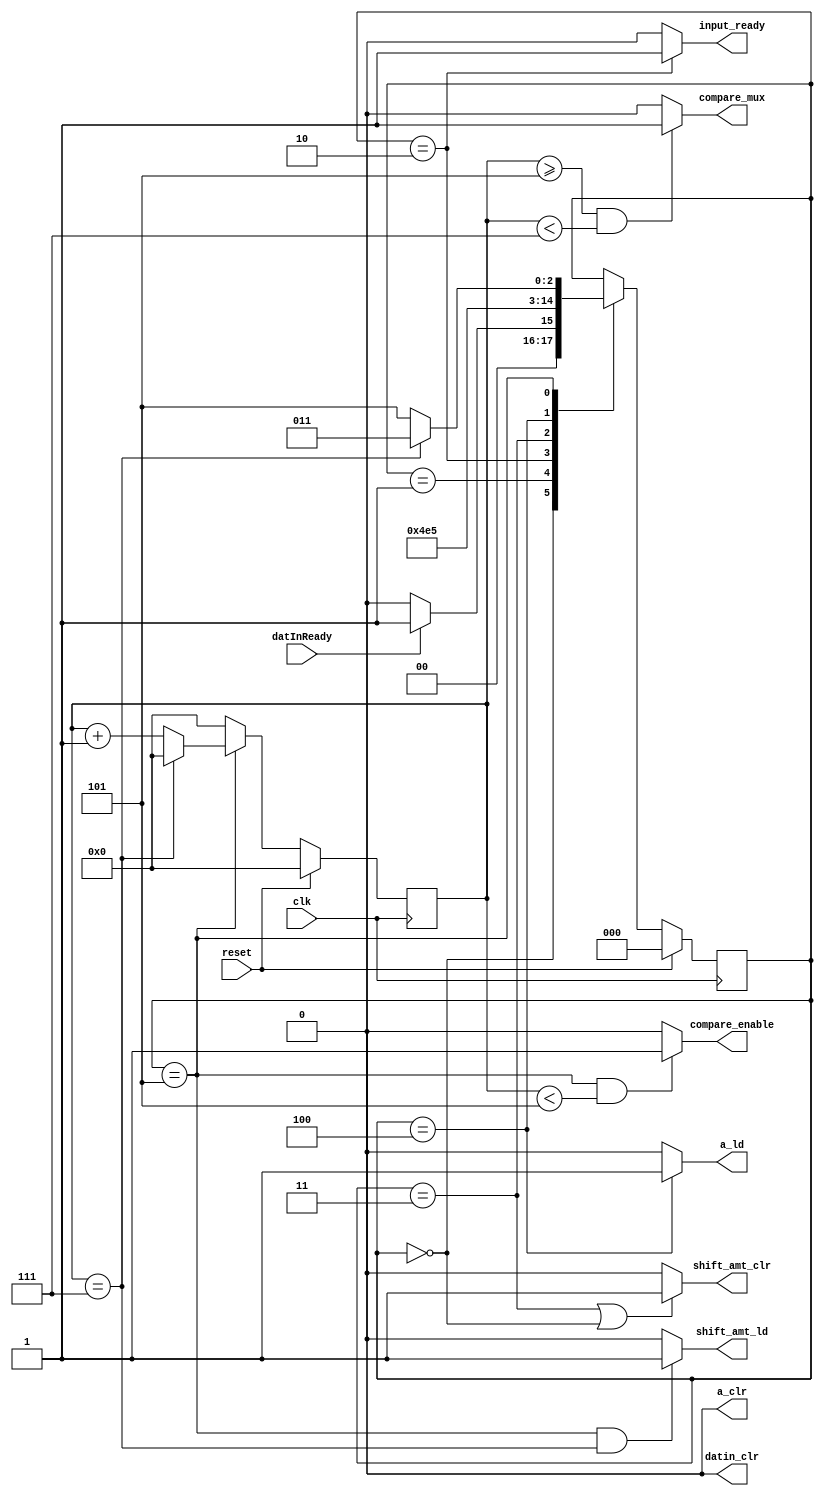
module WUM_fsm #(parameter SIGN_DEPTH=5, NOS_KEY=2,NOS_STGS=4,SFT_DEL_WDH=4)
			(	input clk,
				input reset,
				input datInReady,
				output reg  compare_enable, output reg compare_mux,
				output a_clr, output datin_clr, output reg shift_amt_clr,
				output reg a_ld, output reg shift_amt_ld,
				output reg input_ready);
	

localparam Idle=3'h0, DataInload=3'h1, DatadeMux=3'h2, Shift=3'h3, Shift_Dat_ld=3'h4, Compare=3'h5;

reg [2:0]  current_state;
reg [2:0] next_state;
reg [SFT_DEL_WDH:0] shift_delay;

assign a_clr = 0;
assign datin_clr = 0;

always @ (posedge clk)
begin
	if (reset) begin
		current_state <= Idle;
	end
		else
		current_state <= next_state;
end

always @(posedge clk)
begin
	if(reset) begin
		shift_delay <= 0;
	end
	else if(current_state ==  Compare) begin
			if(shift_delay == NOS_STGS+NOS_KEY+1)
		 		shift_delay <= 0;
		 	else begin
		 		shift_delay <= shift_delay + 1;;
		 	end
		end
		else begin
		 shift_delay <= 0;
		end
end

always @(current_state,shift_delay)
begin
	if (shift_delay >= NOS_STGS+1 && shift_delay < NOS_STGS+NOS_KEY+1) begin
		compare_mux<=1;
	end
	else begin
		compare_mux<=0;
	end
end


always @(current_state,shift_delay)
begin
	if(current_state ==  Compare && shift_delay < NOS_STGS+1) begin
		compare_enable <= 1;
	end
	else  compare_enable <= 0;
end

always @(current_state)
begin
	if(current_state ==  DatadeMux) begin
		 input_ready = 1;
	end
	else  input_ready = 0;
end

//always @(current_state)
//begin
//	if(current_state ==  DataInload) begin
//		datin_ld = 1;
//	end
//	else  datin_ld = 0;
//end

always @(current_state)
begin
	if(current_state == Shift || current_state ==  Idle) begin
		 shift_amt_clr=1;
	end
	else begin
		 shift_amt_clr=0;
	end
end

always @(current_state)
begin
	if(current_state == Shift_Dat_ld) begin
		 a_ld=1;
	end
	else begin
		 a_ld=0;
	end
end

always @(current_state,shift_delay)
begin
	if(current_state == Compare && shift_delay == NOS_STGS+NOS_KEY+1) begin
		 shift_amt_ld=1;
	end
	else begin
		 shift_amt_ld=0;
	end
end


always @ (current_state, datInReady,shift_delay) 
begin

	case(current_state)
		Idle:				if(datInReady == 1) begin
								next_state=DataInload;
							end
							else next_state= Idle;

		DataInload:			next_state=DatadeMux;

		DatadeMux:			next_state=Shift;

		Shift:				next_state = Shift_Dat_ld;

		Shift_Dat_ld:		next_state = Compare;
	
		Compare: 			if(shift_delay == NOS_STGS+NOS_KEY+1)
								next_state = Shift;
							else next_state = Compare;



		default: 			next_state=current_state;
	endcase
end



endmodule